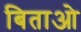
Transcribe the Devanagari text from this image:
बिताओ